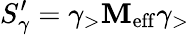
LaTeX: S_{\gamma}^{\prime}={\gamma}_{>}\mathbf{M}_{\mathrm{{{eff}}}}{\gamma}_{>}